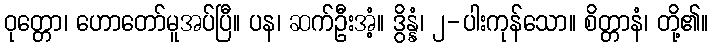
ဝုတ္တော၊ ဟောတော်မူအပ်ပြီ။ ပန၊ ဆက်ဦးအံ့။ ဒွိန္နံ၊ ၂-ပါးကုန်သော။ စိတ္တာနံ၊ တို့၏။